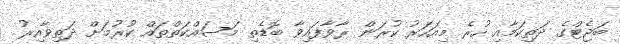
ބަޖެޓްގެ ދަތިކަމާއި ހުރެ މިއަހަރު ކުރަން ރާވާފައިވާ ބޮޑެތި މަސައްކަތްތައް ކުރުމަށް ދަތިވާއިރު